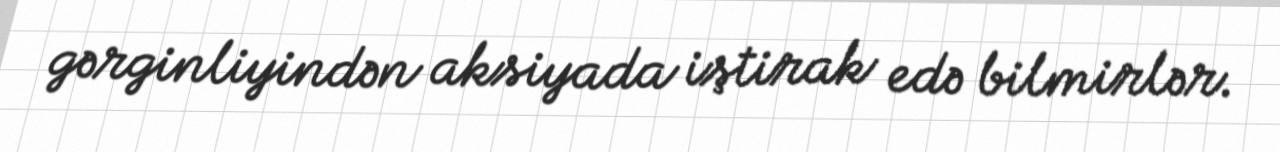
gərginliyindən aksiyada iştirak edə bilmirlər.